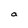
Character: a